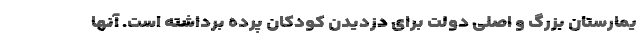
یمارستان بزرگ و اصلی دولت برای دزدیدن کودکان پرده برداشته است. آنها